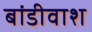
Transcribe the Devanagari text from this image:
बांडीवाश